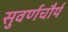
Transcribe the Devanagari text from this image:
सुवर्णचौर्य